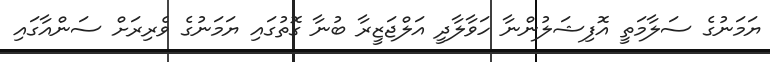
ޔަމަނުގެ ސަލާމަތީ އޮފިޝަލުންނާ ހަވާލާދީ އަލްޖަޒީރާ ބުނާ ގޮތުގައި ޔަމަނުގެ ވެރިރަށް ސަންއާގައި